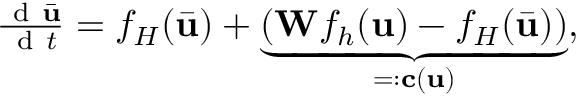
\begin{array} { r } { \frac { \mathrm { ~ d ~ } \bar { \mathbf { u } } } { \mathrm { ~ d ~ } t } = f _ { H } ( \bar { \mathbf { u } } ) + \underbrace { ( \mathbf { W } f _ { h } ( \mathbf { u } ) - f _ { H } ( \bar { \mathbf { u } } ) ) } _ { = : \mathbf { c } ( \mathbf { u } ) } , } \end{array}